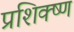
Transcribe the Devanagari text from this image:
प्रशिक्ष्ण